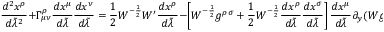
{ \frac { d ^ { 2 } x ^ { \rho } } { d \tilde { \lambda } ^ { 2 } } } + \Gamma _ { \mu \nu } ^ { \rho } { \frac { d x ^ { \mu } } { d \tilde { \lambda } } } { \frac { d x ^ { \nu } } { d \tilde { \lambda } } } = { \frac { 1 } { 2 } } { \cal W } ^ { - { \frac { 1 } { 2 } } } { \cal W } ^ { \prime } { \frac { d x ^ { \rho } } { d \tilde { \lambda } } } - \left[ { \cal W } ^ { - { \frac { 1 } { 2 } } } g ^ { \rho \sigma } + { \frac { 1 } { 2 } } { \cal W } ^ { - { \frac { 1 } { 2 } } } { \frac { d x ^ { \rho } } { d \tilde { \lambda } } } { \frac { d x ^ { \sigma } } { d \tilde { \lambda } } } \right] { \frac { d x ^ { \mu } } { d \tilde { \lambda } } } \partial _ { y } ( { \cal W } g _ { \rho \mu } ) .